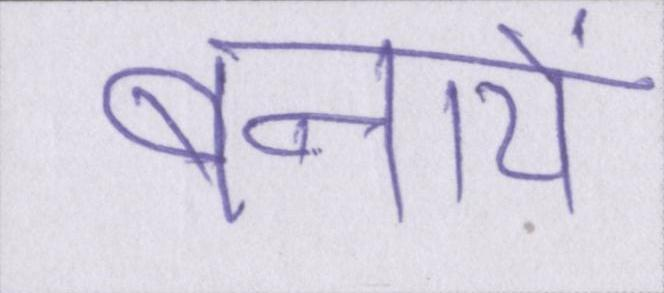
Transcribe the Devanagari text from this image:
बनायें